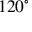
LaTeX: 1 2 0 ^ { \circ }